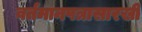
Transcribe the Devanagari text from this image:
वर्तमानपत्रासारखी